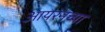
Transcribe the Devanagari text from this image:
आयरनच्या